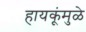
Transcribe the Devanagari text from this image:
हायकूंमुळे